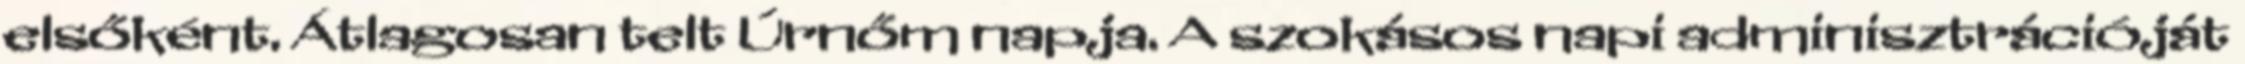
elsőként. Átlagosan telt Úrnőm napja. A szokásos napi adminisztrációját